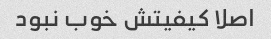
اصلا کیفیتش خوب نبود